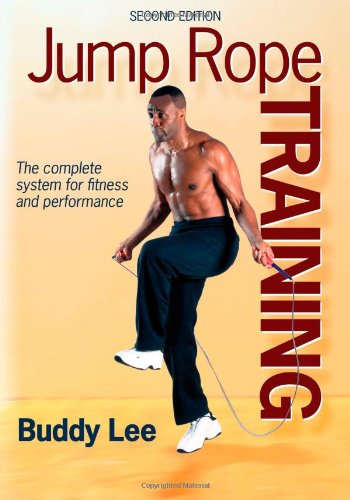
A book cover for Jump Rope Training - 2nd Edition; Buddy Lee; Sports & Outdoors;